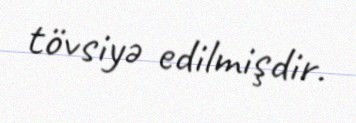
tövsiyə edilmişdir.